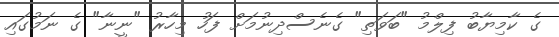
ގެ ކާމިޔާބު ފިލްމު "ބަވަތި" ގެނެސްދިނުމަށް ފަހު މިހާރު "ނީނާ" ގެ ނަމުގައި